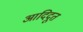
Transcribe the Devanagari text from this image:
आदिदूत